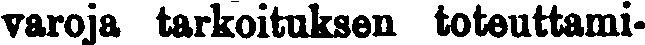
varoja tarkoituksen toteuttami-